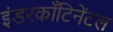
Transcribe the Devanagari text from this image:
इंडरकाँटिनेंटल